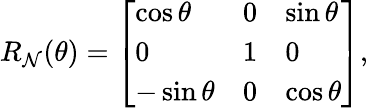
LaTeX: R_{\mathcal{N}}(\theta)=\left[\begin{array}{lll}{\cos\theta}&{0}&{\sin\theta}\\ {0}&{1}&{0}\\ {-\sin\theta}&{0}&{\cos\theta}\end{array}\right],